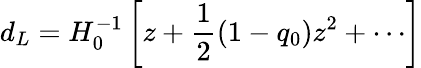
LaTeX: d_{L}=H_{0}^{-1}\left[z+\frac{1}{2}(1-q_{0})z^{2}+\cdots\right]